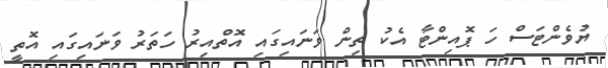
ޔުވެންޓަސް ހަ ޕޮއިންޓާ އެކު ތިން ވަނައިގައި އޮތްއިރު ހަތަރު ވަނައިގައި އޮތީ